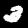
Digit: 3